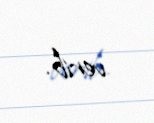
verib.